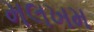
મલખમ